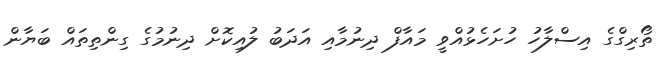
ތޯރިގްގެ އިސްލާހު ހުށަހެޅުއްވީ މައާފް ދިނުމާއި އަދަބު ލުއިކޮށް ދިނުމުގެ ގިންތިތައް ބަޔާން